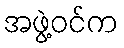
အဖွဲ့ဝင်က